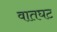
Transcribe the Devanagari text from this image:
वातघट